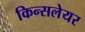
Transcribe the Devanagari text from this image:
किन्सलेयर